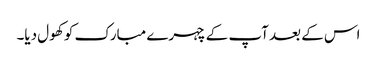
اس کے بعد آپ کے چہرے مبارک کو کھول دیا۔